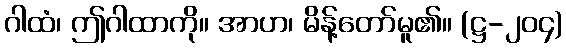
ဂါထံ၊ ဤဂါထာကို။ အာဟ၊ မိန့်တော်မူ၏။ (ဋ္ဌ-၂၀၄)